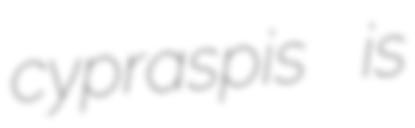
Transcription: cypraspis is